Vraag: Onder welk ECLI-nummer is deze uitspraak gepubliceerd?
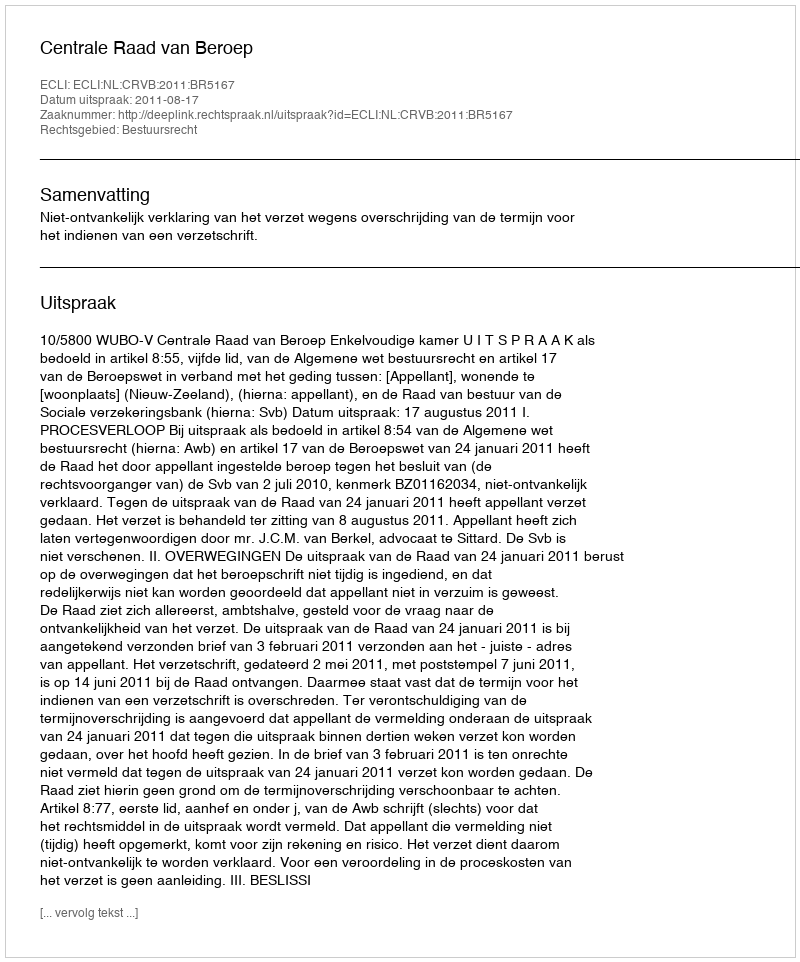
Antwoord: ECLI:NL:CRVB:2011:BR5167